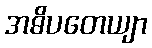
အဓိပတေယျာ